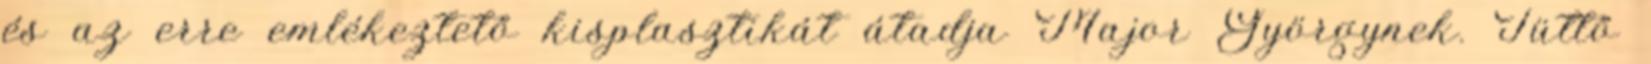
és az erre emlékeztető kisplasztikát átadja Major Györgynek. Tüttő